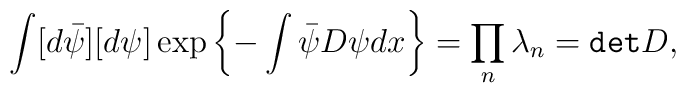
\int [d\bar\psi][d\psi]\exp\left\{-\int \bar\psi D\psi dx\right\}=\prod_n \lambda_n = {\tt det}D,